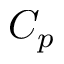
C _ { p }